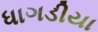
ધાગડીયા